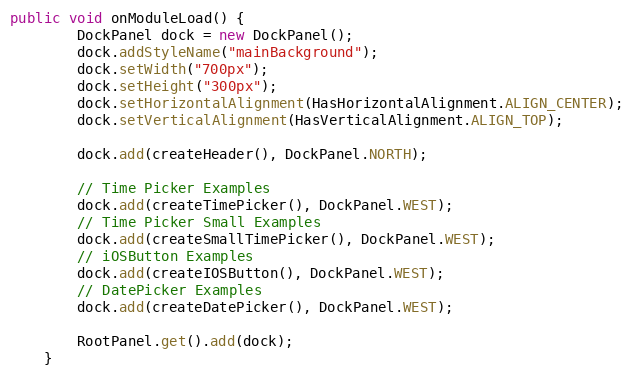
Language: Java
public void onModuleLoad() {
		DockPanel dock = new DockPanel();
		dock.addStyleName("mainBackground");
		dock.setWidth("700px");
		dock.setHeight("300px");
		dock.setHorizontalAlignment(HasHorizontalAlignment.ALIGN_CENTER);
		dock.setVerticalAlignment(HasVerticalAlignment.ALIGN_TOP);

		dock.add(createHeader(), DockPanel.NORTH);

		// Time Picker Examples
		dock.add(createTimePicker(), DockPanel.WEST);
		// Time Picker Small Examples
		dock.add(createSmallTimePicker(), DockPanel.WEST);
		// iOSButton Examples
		dock.add(createIOSButton(), DockPanel.WEST);
		// DatePicker Examples
		dock.add(createDatePicker(), DockPanel.WEST);

		RootPanel.get().add(dock);
	}